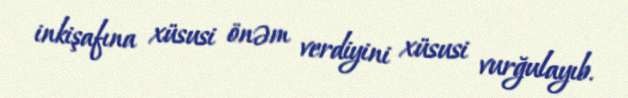
inkişafına xüsusi önəm verdiyini xüsusi vurğulayıb.